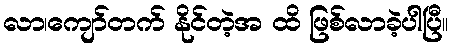
လာ၊ကျော်တက် နိုင်တဲ့အ ထိ ဖြစ်လာခဲ့ပါပြီ။